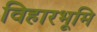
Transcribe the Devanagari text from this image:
विहारभूमि